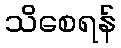
သိစေရန်